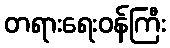
တရားရေးဝန်ကြီး